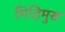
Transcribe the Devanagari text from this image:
मिहिमुख